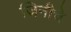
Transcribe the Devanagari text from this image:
जिनीचे